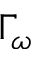
\Gamma _ { \omega }